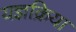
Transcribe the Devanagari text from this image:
यज्ञक्रिया